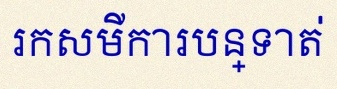
រកសមីការបន្ទាត់